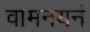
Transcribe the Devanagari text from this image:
वामनयनं